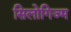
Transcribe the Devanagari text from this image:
सिलोगिज्म